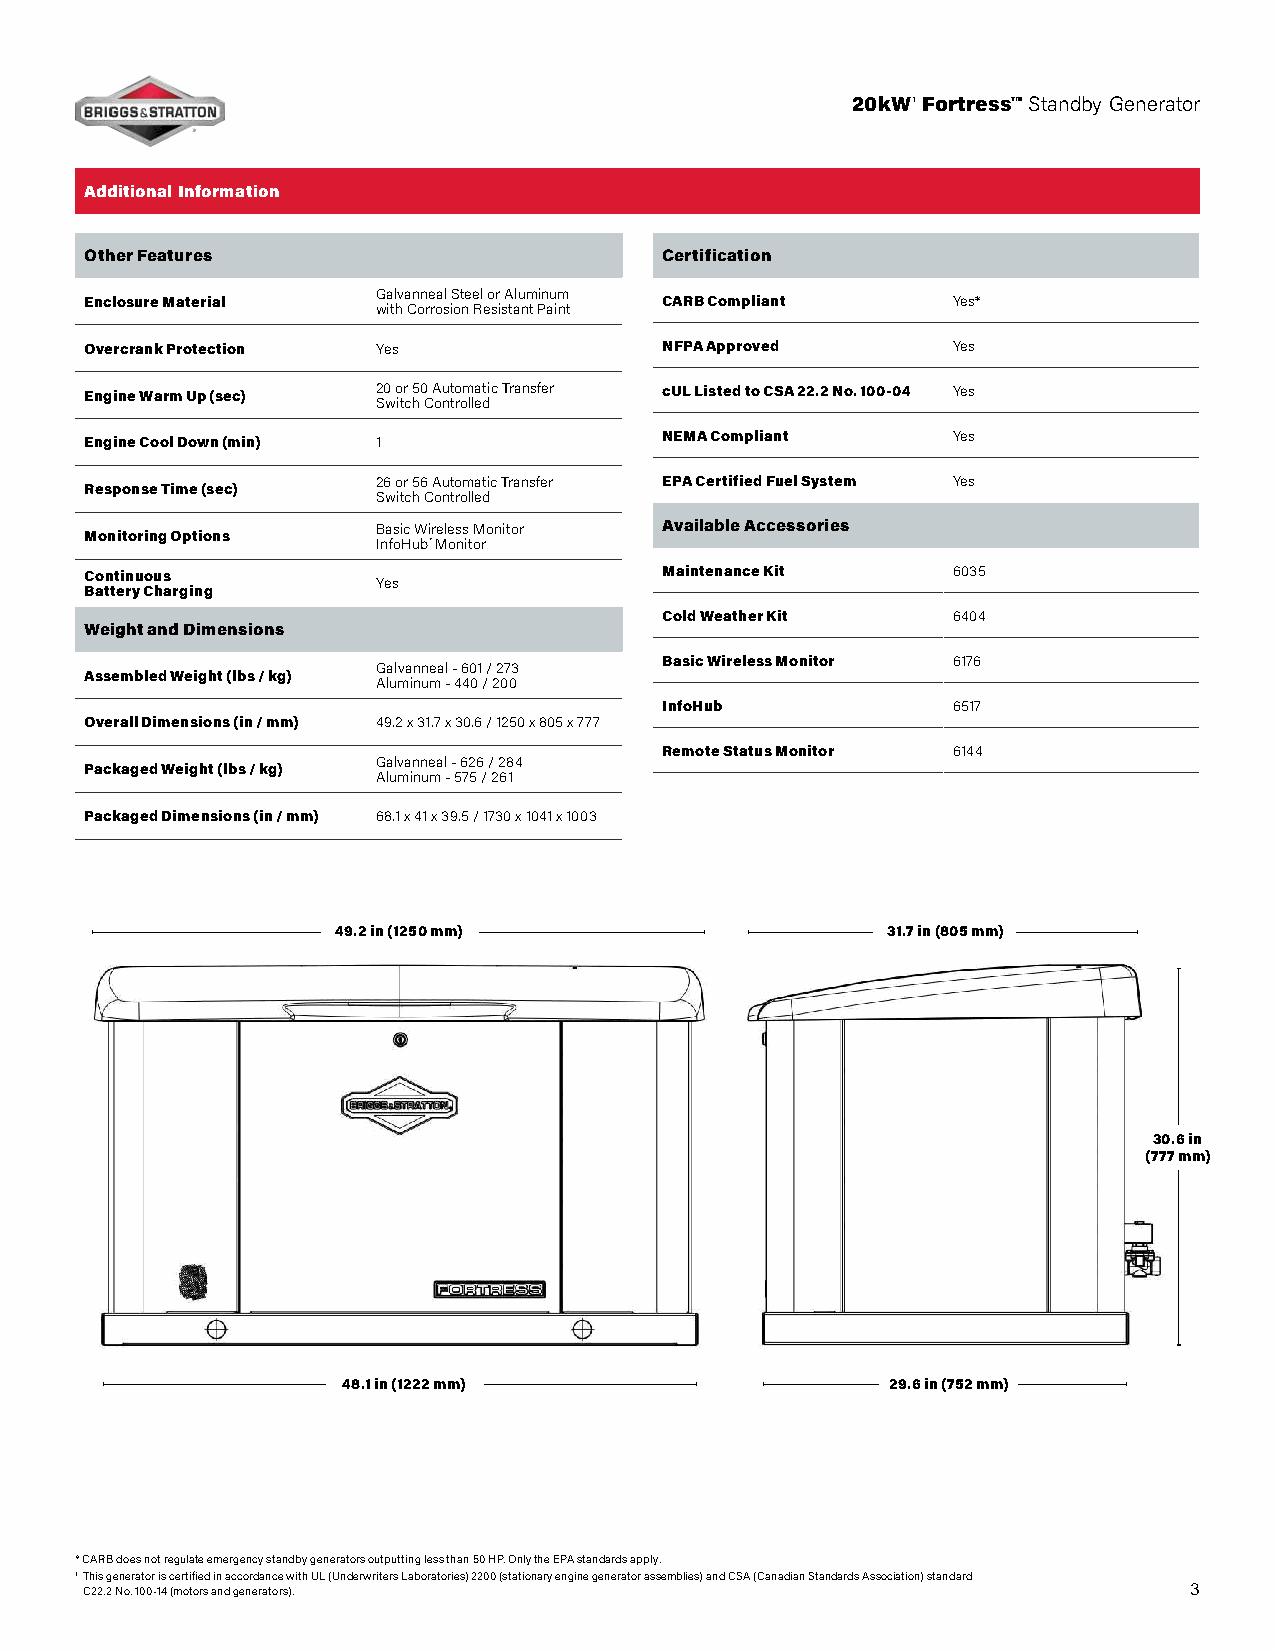
20kW¹ Fortress™ Standby Generator
 Additional Information
 Other Features                        Certification
 Enclosure Material Galvanneal Steel or Aluminum CARB Compliant Yes*
 with Corrosion Resistant Paint
 Overcrank Protection Yes              NFPA Approved      Yes
 Engine Warm Up (sec) 20 or 50 Automatic Transfer cUL Listed to CSA 22.2 No. 100-04 Yes
 Switch Controlled
 NEMA Compliant     Yes
 Engine Cool Down (min) 1
 26 or 56 Automatic Transfer EPA Certified Fuel System Yes
 Response Time (sec)
 Switch Controlled
 Basic Wireless Monitor Available Accessories
 Monitoring Options
 InfoHub™ Monitor
 Continuous                            Maintenance Kit    6035
 Yes
 Battery Charging
 Cold Weather Kit   6404
 Weight and Dimensions
 Basic Wireless Monitor 6176
 Galvanneal - 601 / 273
 Assembled Weight (lbs / kg)
 Aluminum - 440 / 200
 InfoHub            6517
 Overall Dimensions (in / mm) 49.2 x 31.7 x 30.6 / 1250 x 805 x 777
 Remote Status Monitor 6144
 Galvanneal - 626 / 284
 Packaged Weight (lbs / kg)
 Aluminum - 575 / 261
 Packaged Dimensions (in / mm) 68.1 x 41 x 39.5 / 1730 x 1041 x 1003
 49.2 in (1250 mm)                    31.7 in (805 mm)
 30.6 in
 (777 mm)
 48.1 in (1222 mm)                   29.6 in (752 mm)
 * CARB does not regulate emergency standby generators outputting less than 50 HP. Only the EPA standards apply.
 1 This generator is certified in accordance with UL (Underwriters Laboratories) 2200 (stationary engine generator assemblies) and CSA (Canadian Standards Association) standard
 C22.2 No. 100-14 (motors and generators).                                3